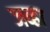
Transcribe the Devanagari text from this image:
जव्हा